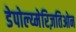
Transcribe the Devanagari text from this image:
डेपोल्य्मेरिज़तिओन